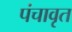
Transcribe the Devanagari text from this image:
पंचावृत